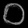
Digit: ၀